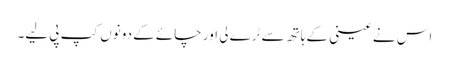
اس نے عینی کے ہاتھ سے ٹرے لی اور چائے کے دونوں کپ پی لیے۔